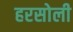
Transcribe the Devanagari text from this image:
हरसोली